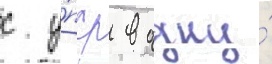
с у́пср в одну́